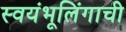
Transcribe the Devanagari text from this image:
स्वयंभूलिंगाची